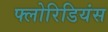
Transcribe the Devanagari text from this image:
फ्लोरिडियंस